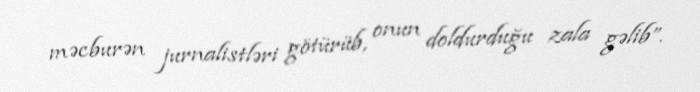
məcburən jurnalistləri götürüb, onun doldurduğu zala gəlib”.